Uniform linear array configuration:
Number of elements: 48
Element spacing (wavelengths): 0.25
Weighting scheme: binomial
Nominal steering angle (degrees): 60
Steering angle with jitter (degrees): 60.939
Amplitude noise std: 0.05
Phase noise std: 0.05

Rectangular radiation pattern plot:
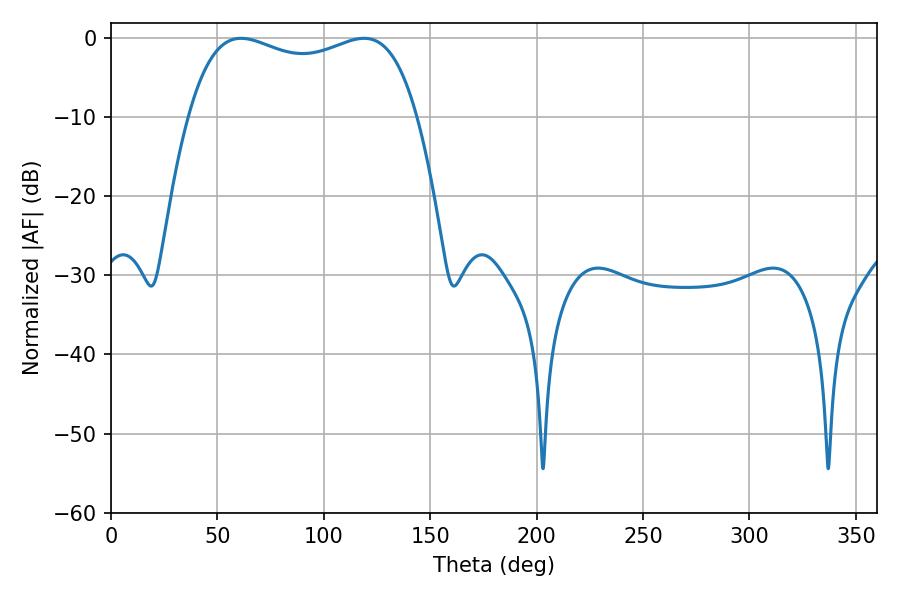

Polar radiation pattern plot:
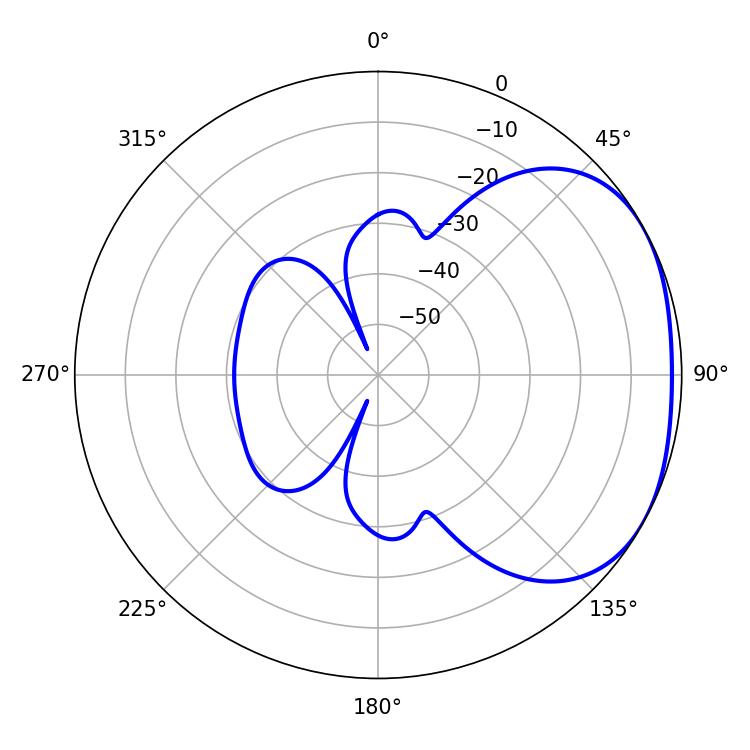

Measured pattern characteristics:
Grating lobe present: FALSE
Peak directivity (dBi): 2.259
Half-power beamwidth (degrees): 87.84
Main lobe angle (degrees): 61.02